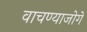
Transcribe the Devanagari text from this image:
वाचण्याजोगे